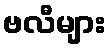
ဗလီများ